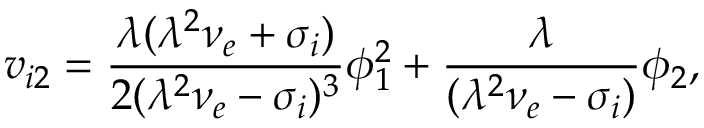
v _ { i 2 } = \frac { \lambda ( \lambda ^ { 2 } \nu _ { e } + \sigma _ { i } ) } { 2 ( \lambda ^ { 2 } \nu _ { e } - \sigma _ { i } ) ^ { 3 } } \phi _ { 1 } ^ { 2 } + \frac { \lambda } { ( \lambda ^ { 2 } \nu _ { e } - \sigma _ { i } ) } \phi _ { 2 } ,